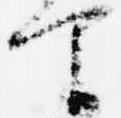
間